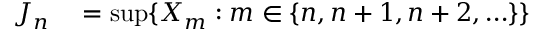
\begin{array} { r l } { J _ { n } } & { { } = \operatorname* { s u p } \{ X _ { m } : m \in \{ n , n + 1 , n + 2 , \ldots \} \} } \end{array}